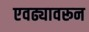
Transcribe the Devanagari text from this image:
एवढ्यावरून